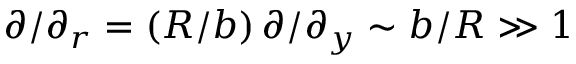
\partial / \partial _ { r } = \left( R / b \right) \partial / \partial _ { y } \sim b / R \gg 1